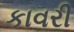
કાવરી